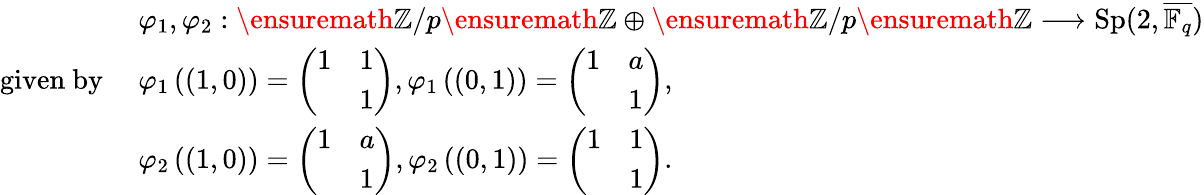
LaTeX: \begin{array}{rl}&{\varphi_{1},\varphi_{2}:\ensuremath{\mathbb{Z}}/p\ensuremath{\mathbb{Z}}\oplus\ensuremath{\mathbb{Z}}/p\ensuremath{\mathbb{Z}}\longrightarrow\textup{Sp}(2,\overline{{\mathbb{F}_{q}}})}\\ {\mathrm{given~by~}}&{\varphi_{1}\left((1,0)\right)=\left(\begin{array}{ll}{1}&{1}\\ &{1}\end{array}\right),\varphi_{1}\left((0,1)\right)=\left(\begin{array}{ll}{1}&{a}\\ &{1}\end{array}\right),}\\ &{\varphi_{2}\left((1,0)\right)=\left(\begin{array}{ll}{1}&{a}\\ &{1}\end{array}\right),\varphi_{2}\left((0,1)\right)=\left(\begin{array}{ll}{1}&{1}\\ &{1}\end{array}\right).}\end{array}